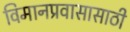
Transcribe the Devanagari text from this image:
विमानप्रवासासाठी